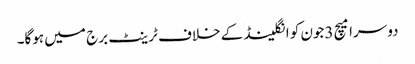
دوسرا میچ 3جون کو انگلینڈ کے خلاف ٹرینٹ برج میں ہوگا۔